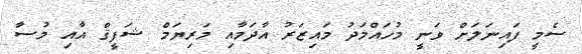
ސެމީ ފައިނަލަށް ވަނީ މުހައްމަދު މައިޒަރު އާދަމާއި މަރިޔަމް ޝަފީޤް އާއި މުސާ